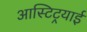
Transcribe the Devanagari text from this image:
आस्टिट्रयाई